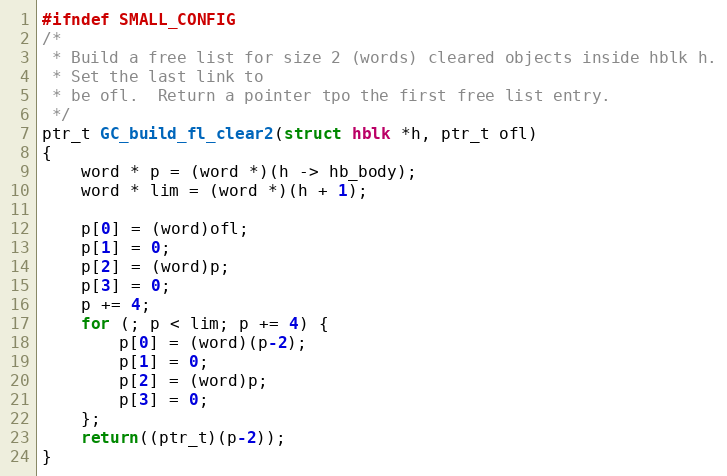
Language: C
#ifndef SMALL_CONFIG
/*
 * Build a free list for size 2 (words) cleared objects inside hblk h.
 * Set the last link to
 * be ofl.  Return a pointer tpo the first free list entry.
 */
ptr_t GC_build_fl_clear2(struct hblk *h, ptr_t ofl)
{
    word * p = (word *)(h -> hb_body);
    word * lim = (word *)(h + 1);

    p[0] = (word)ofl;
    p[1] = 0;
    p[2] = (word)p;
    p[3] = 0;
    p += 4;
    for (; p < lim; p += 4) {
        p[0] = (word)(p-2);
        p[1] = 0;
        p[2] = (word)p;
        p[3] = 0;
    };
    return((ptr_t)(p-2));
}